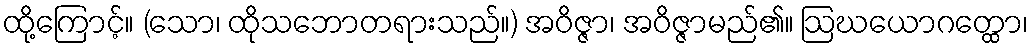
ထို့ကြောင့်။ (သော၊ ထိုသဘောတရားသည်။) အဝိဇ္ဇာ၊ အဝိဇ္ဇာမည်၏။ ဩဃယောဂတ္ထော၊